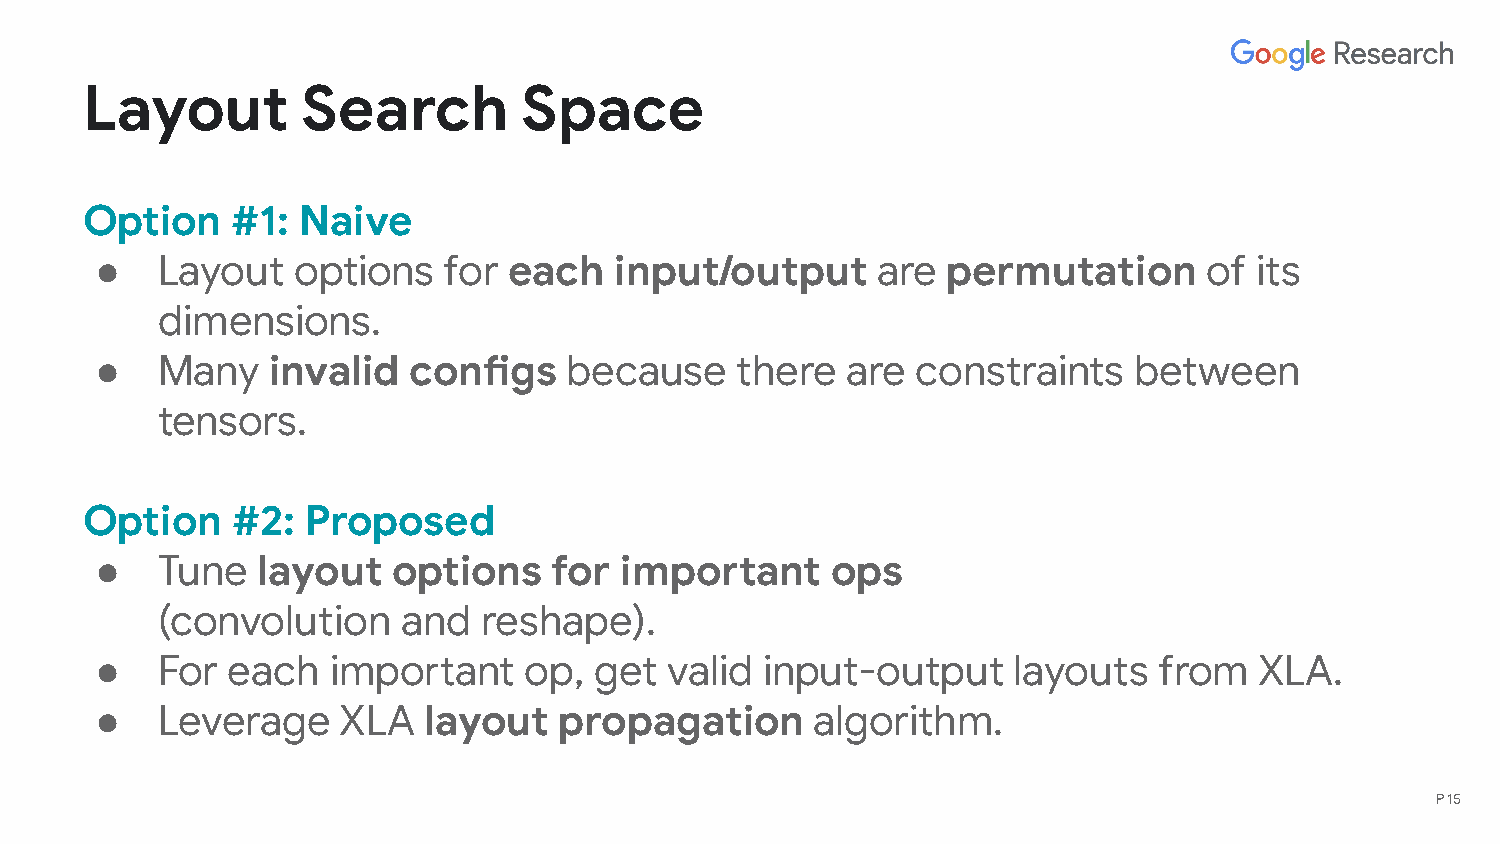
Layout         Search        Space
 Option    #1:  Naive
 ●   Layout   options   for  each   input/output     are  permutation      of its
 dimensions.
 ●   Many    invalid  configs    because    there  are  constraints   between
 tensors.
 Option    #2:  Proposed
 ●   Tune   layout   options    for important     ops
 (convolution     and  reshape).
 ●   For  each   important    op, get  valid  input-output    layouts   from  XLA.
 ●   Leverage    XLA   layout   propagation      algorithm.
 P 15